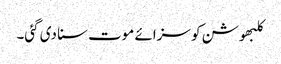
کلبھوشن کو سزائے موت سنا دی گئی۔